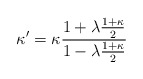
\begin{align*}\kappa ^{\prime }=\kappa \frac{1+\lambda \frac{1+\kappa}{2}}{1-\lambda \frac{1+\kappa}{2}}\end{align*}